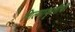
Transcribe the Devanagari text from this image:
शिल्पाकृतींची